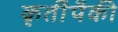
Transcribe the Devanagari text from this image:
कृतींपैकी